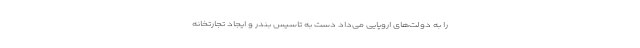
را به دولت‌های اروپایی می‌داد دست به تاسیس بندر و ایجاد تجارتخانه